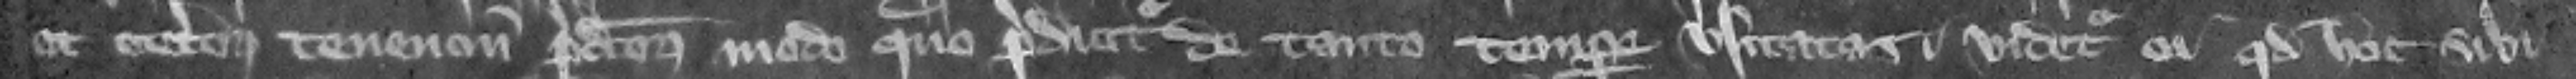
et ceterorum tenencium predictorum modo quo predicitur de tanto tempore vsitatas videtur ei quod hoc sibi